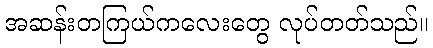
အဆန်းတကြယ်ကလေးတွေ လုပ်တတ်သည်။